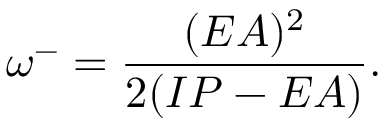
\omega ^ { - } = \frac { ( E A ) ^ { 2 } } { 2 ( I P - E A ) } .